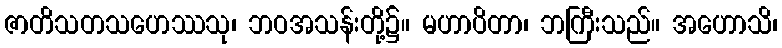
ဇာတိသတသဟေဿသု၊ ဘဝအသန်းတို့၌။ မဟာပိတာ၊ ဘကြီးသည်။ အဟောသိ၊